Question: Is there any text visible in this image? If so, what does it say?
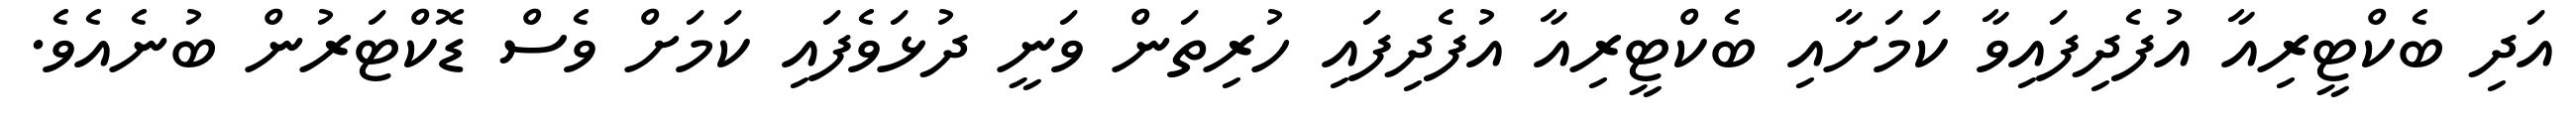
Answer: އަދި ބެކްޓީރިއާ އުފެދިފައިވާ ކަމަށާއި ބެކްޓީރިއާ އުފެދިފައި ހުރިތަން ވަނީ ދުޅަވެފައި ކަމަށް ވެސް ޑޮކްޓަރުން ބުނެއެވެ.